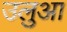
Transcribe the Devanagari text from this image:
उलुआ